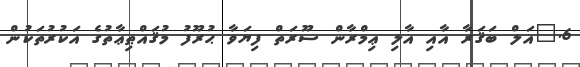
6.	އަލް ބަޤަރާ އާއި އާލި ޢިމްރާން ސޫރަތް ފިޔަވާ ޙުރޫފު މުޤައްޠިޢާތުގެ އަކުރުތަކުން